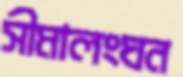
সীমালংঘন